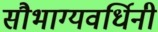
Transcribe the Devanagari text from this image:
सौभाग्यवर्धिनी